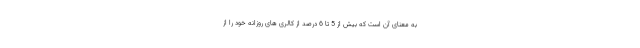
به معنای آن است که بیش از 5 تا 6 درصد از کالری های روزانه خود را از